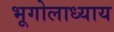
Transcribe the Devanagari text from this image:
भूगोलाध्याय